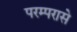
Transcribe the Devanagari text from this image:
परम्परासे